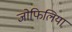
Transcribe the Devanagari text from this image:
जोफिलिया